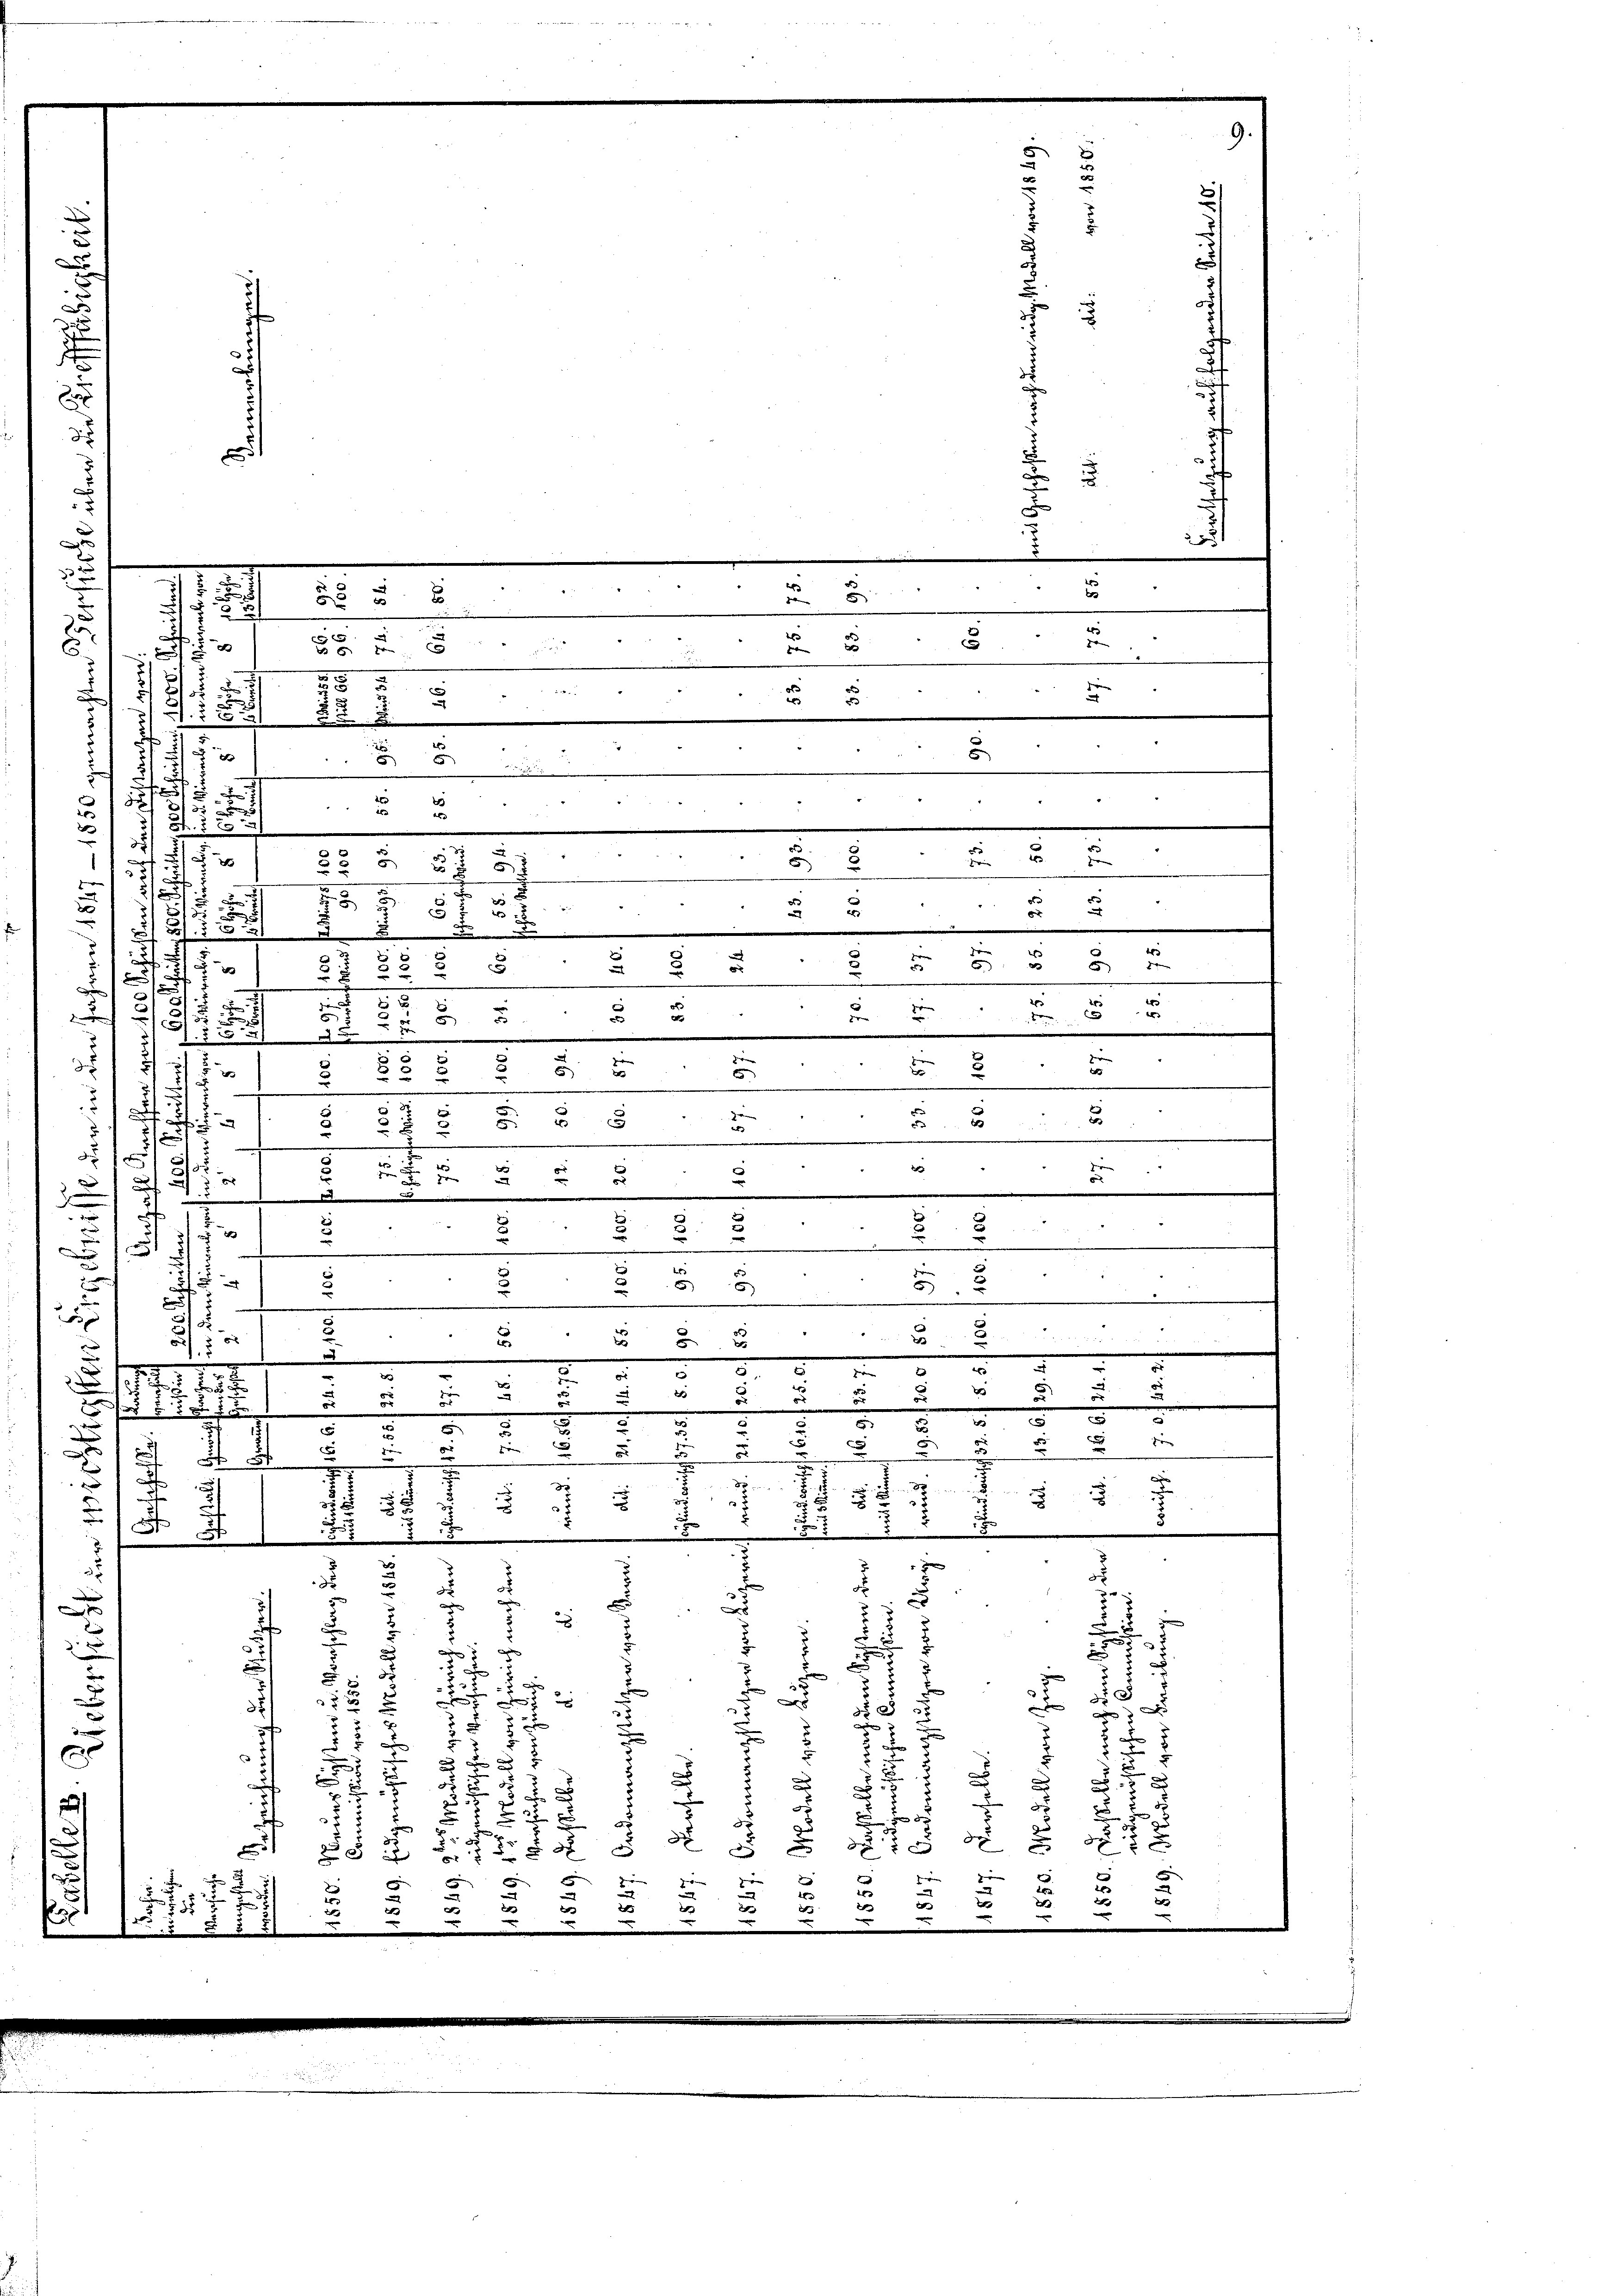
§§ 58
2

2

3
d
5
¬
e
.
.
.

d
e
2
e
e
 Hrn
.
35 x
.
25
x
5
2
u
2
.
22
85
15 x
2
.
5

.
2

x
5
u
e
n
 2
2
8t.
u
x
463
1
i
58
5
d
t
218
u
585
5
0
2
385
75
12
2
5
520

8 § 2 a 6
2
n

t

.
¬
c
2
7
4
r
.
4
5
155

21
.
8
e
3
2

d
2
 x
t
u
e
e

e
2
87
§ 1
25
.
4
f
3

e
u
2
5
e
r
u
2
n
310

u
7
8
en
2

.
u
1
.
e
¬
¬
e

2
2
e
2
2
121
.
v I
e
.
der
¬
.
u
5
5)
3

.
e
.
.
u
2
5.
3
3

2
t
.
2 5
e
5
e
.
r
u
n
2

2
1
2
3
B
n
d
u
2
.

.
.
x
A
2
2
u
.
e
e
1
2
n
ger
n
5
wen
x
5
.
x
.
u
.
t
e

7
x

3
x
8
u
35
5
8
7
5

f
.
32

2
.
i
.

8
n
d
c
3
e
c
.
2
z
.

2
n
d
F
f
d
3

2
x
u
.
x
8
2
8
55
2
2
e
x

e
u
xx
.
d
¬
e
2
x
F
u
.
e
x
E
B
2 x
e
8
u
d
c
u
e
i
.
u
255

2
d
8
5
n
0

5 x
 g
7
x
g
r
e

b
4
.
s
e
2
545
2
e
2
2
2
2
2
n
t
u

.
d
e
 §§ 27
.

x
e

203 200
 8

6

u

8

6